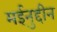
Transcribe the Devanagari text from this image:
मईनुद्दीन